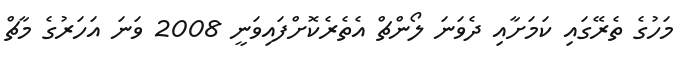
މަހުގެ ތެރޭގައި ކަމަށާއި ދެވަނަ ލޯންޗް އެތެރެކޮށްފައިވަނީ 2008 ވަނަ އަހަރުގެ މާޗް